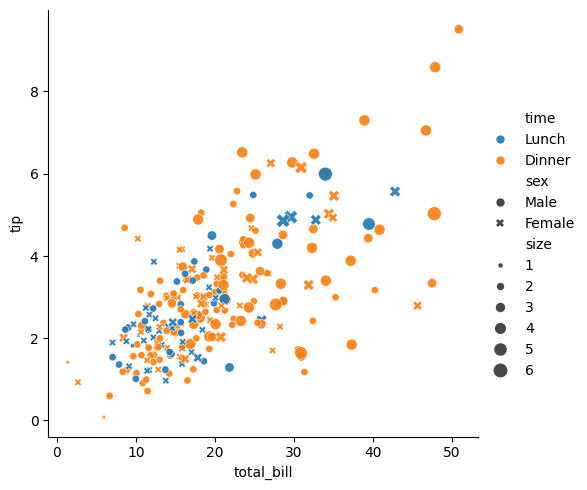
python, seaborn, relplot, alpha=0.9